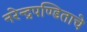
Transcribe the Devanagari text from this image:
नरेन्द्रपण्डिताचे